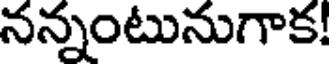
నన్నంటునుగాక!